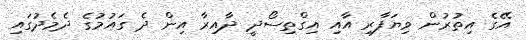
އޭގެ އިތުރުން ވިޔަފާރި އާއި އިގްތިސޯދީ ދާއިރާ އިން ދެ ގައުމުގެ ދެމެދުގައި